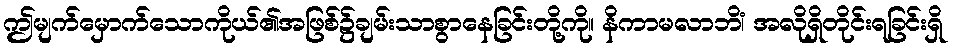
ဤမျက်မှောက်သောကိုယ်၏အဖြစ်၌ချမ်းသာစွာနေခြင်းတို့ကို။ နိကာမလာဘိံ၊ အလိုရှိတိုင်းရခြင်းရှိ